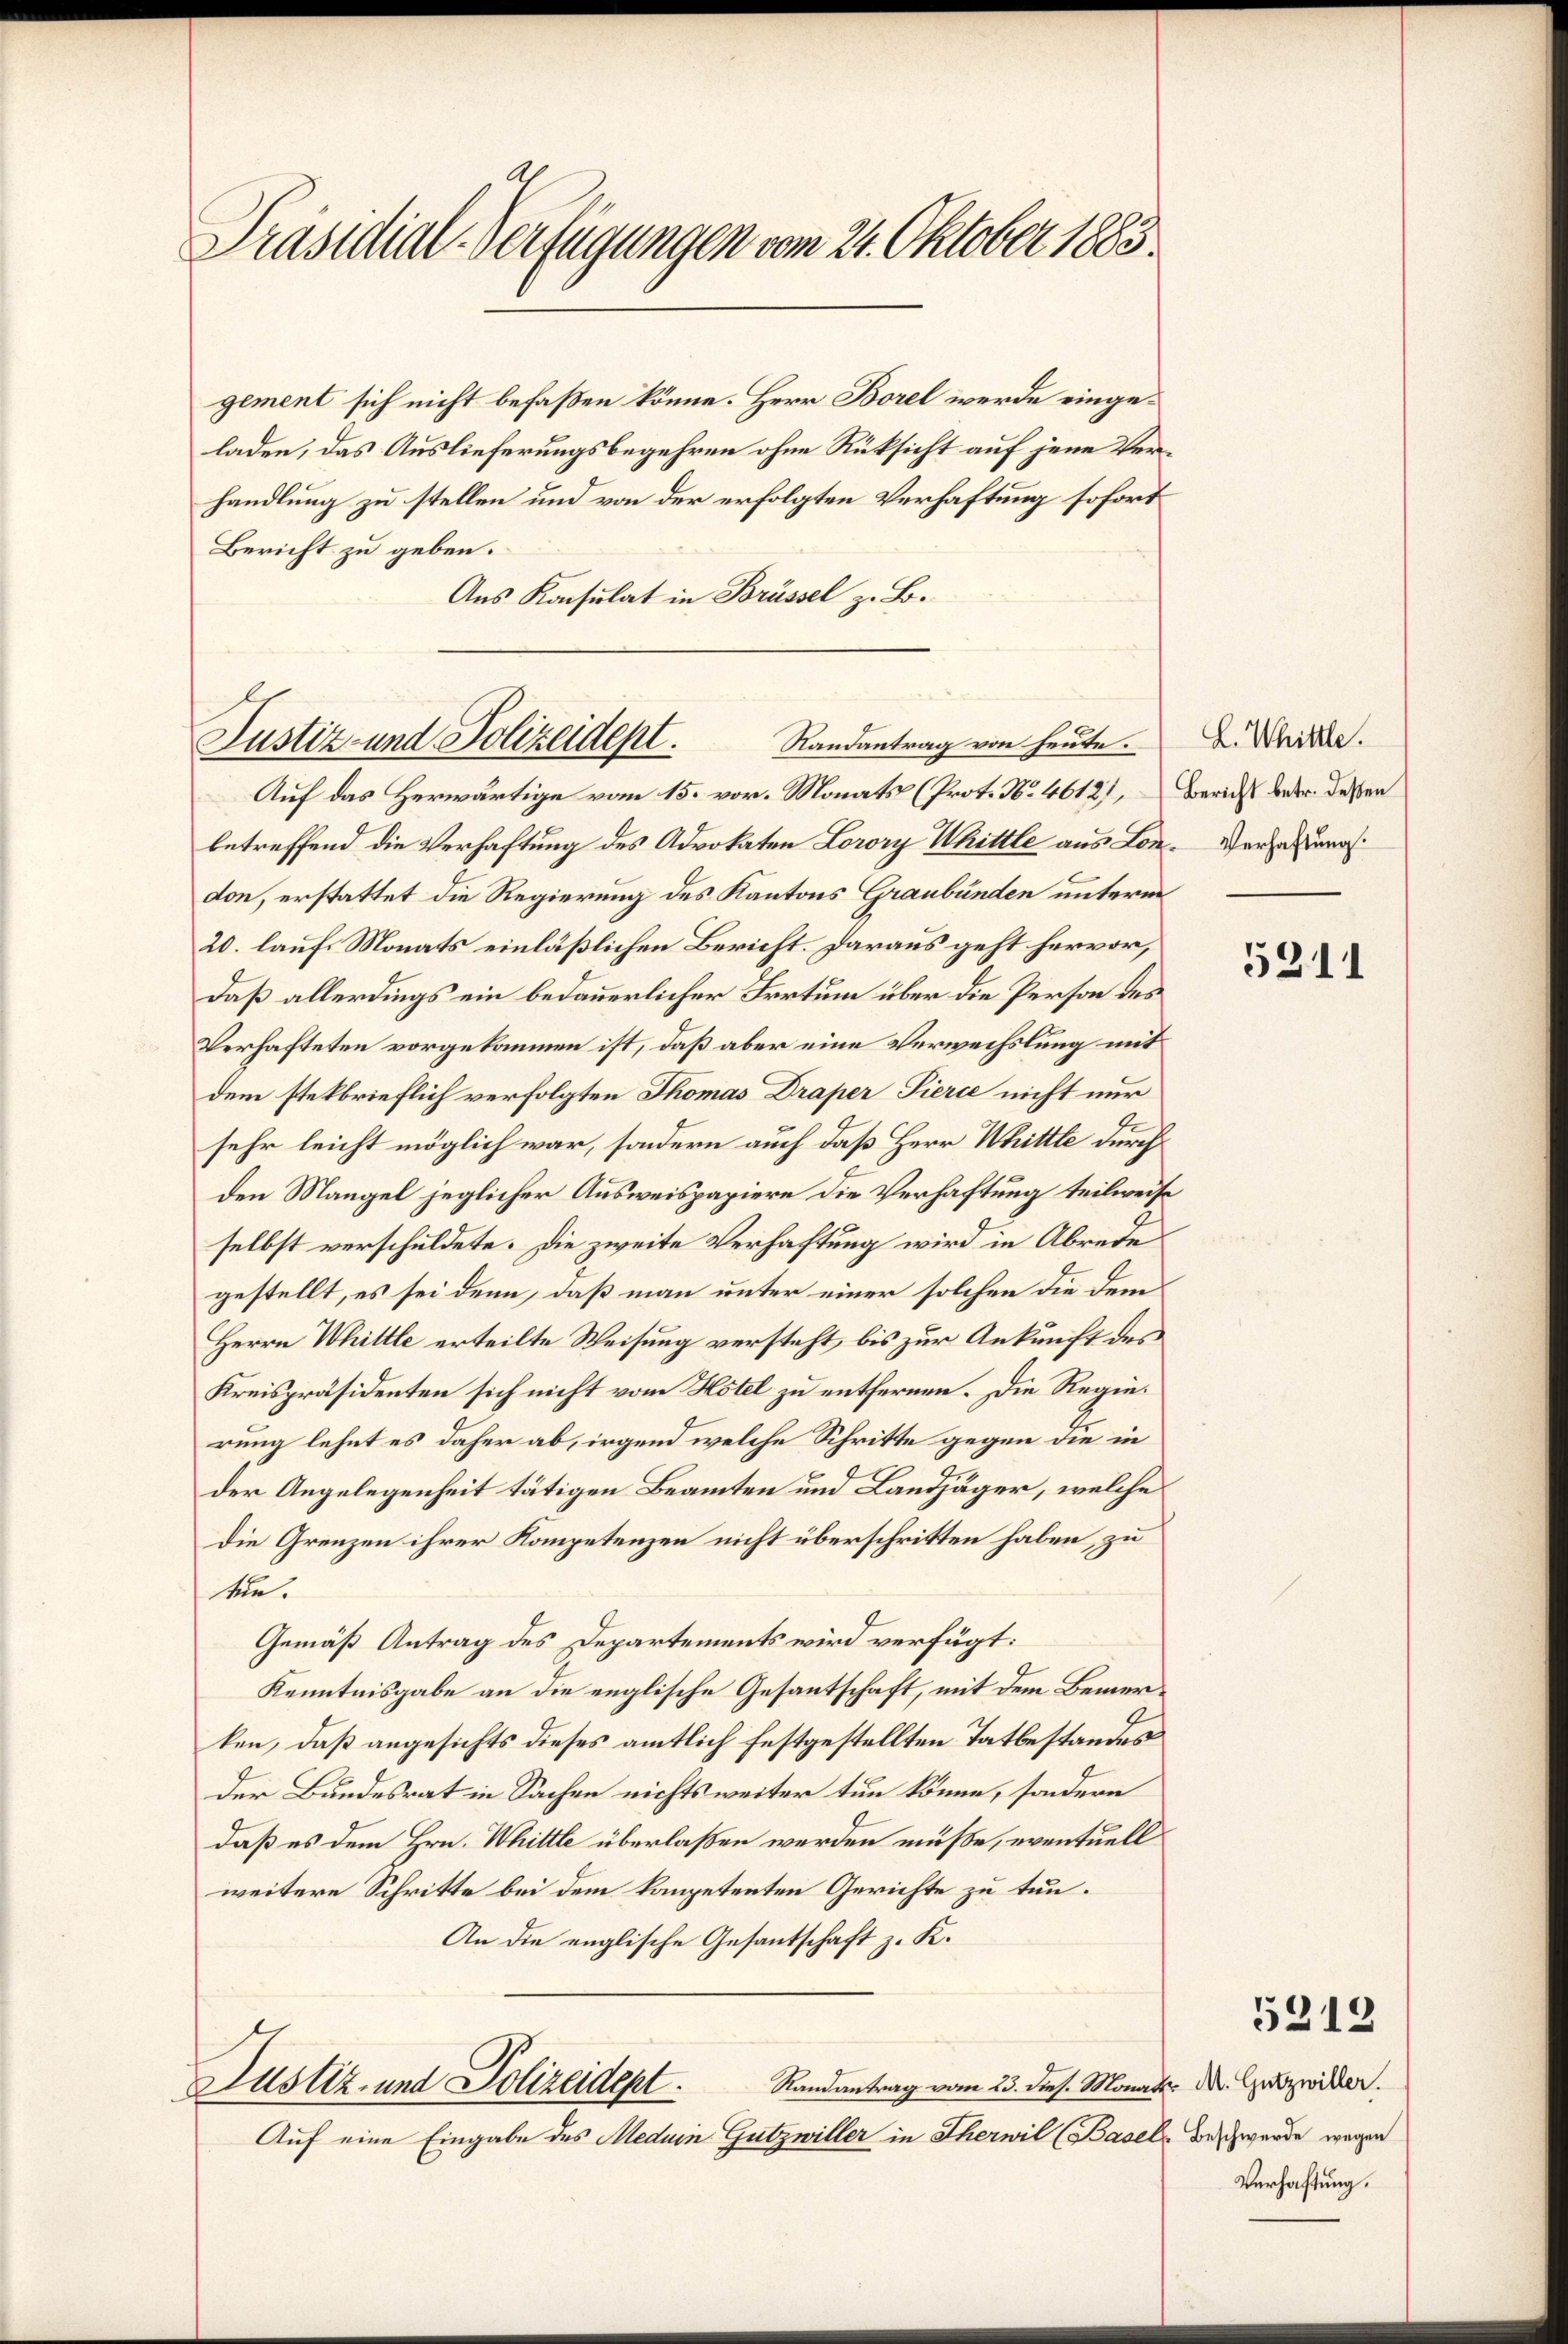
Präsidial-Verfügungen vom 21. Oktober 1883.

gement sich nicht befaßen könne. Herr Borel werde eingeladen, das Auslieferungsbegehren ohne Rüksicht auf jene Verhandlung zu stellen und von der erfolgten Verhaftung sofort
Bericht zu geben.
Aus Konsulat in Brüssel z. B.

Randantrag von heute.
Justiz- und Polizeidept.

Auf das Herwärtige vom 15. vor. Monats (Prot. No. 4612), Bericht weder deßen
betreffend die Verhaftung des Advokaten Lorory Whittle aus Lon- Versatzung
don, erstattet die Regierung des Kantons Graubünden unterm
20. lauf Monats einläßlichen Bericht. Daraus geht hervor,
Daß allerdings ein bedauerlicher Irrtum über die Person des
Verhafteten vorgekommen ist, daß aber eine Verwechslung mit
dem steckbrieflich verfolgten Thomas Draper Pierce nicht nur
sehr leicht möglich war, sondern auch daß Herr Whittle durch
den Mangel jeglicher Ausweispapiere die Verhaftung teilweise
selbst verschuldete. Die zweite Verhaftung wird in Abrede
gestellt, es sei denn, daß man unter einer solchen die dem
Herrn Whittle erteilte Weisung versteht, bis zur Ankunft des
Kreispräsidenten sich nicht vom Hotel zu entfernen. Die Regierung lehnt es daher ab, irgend welche Schritte gegen die in
der Angelegenheit tätigen Beamten und Landjäger, welche
Die Grenzen ihrer Kompetenzen nicht überschritten haben, zu
Me¬
Gemäß Antrag des Departements wird verfügt:
Kenntnisgabe an die englische Gesantschaft, mit dem Bemerken, daß angesichts dieses amtlich festgestellten Tatbestandes
Der Bundesrat in Sachen nichts weiter tun könne, sondern
daß es dem Hrn. Whittle überlaßen werden müße, eventuell
weitere Schritte bei dem kompetenten Gerichte zu tun.
An die englische Gesantschaft z. K.
Randantrag vom 23. dies. Monats N. Gutzwiller.
Justiz- und Polizeidept.
Auf eine Eingabe des Meduin Gutzwiller in Therwil (Basel der werde wegen

L. Whittle.

5211

Verhaftung.

5213